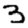
Digit: 3